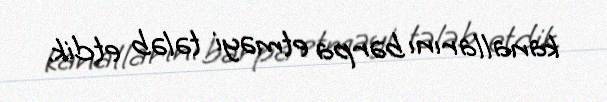
kanallarını bərpa etməyi tələb etdik.